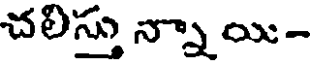
చలిస్తు న్నాయి-